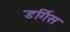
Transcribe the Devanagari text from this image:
डर्गिस